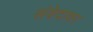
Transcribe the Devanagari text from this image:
संवेदावर